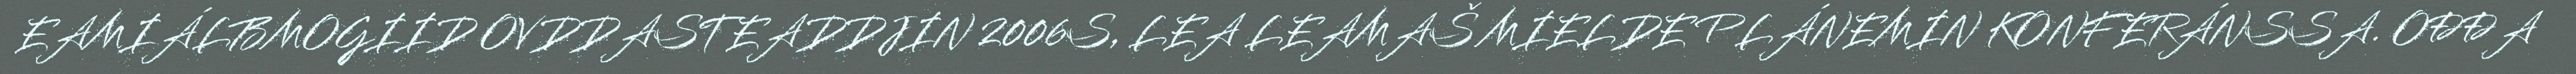
EAMIÁLBMOGIID OVDDASTEADDJIN 2006S, LEA LEAMAŠ MIELDE PLÁNEMIN KONFERÁNSSA. OĐĐA